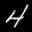
Label: 4